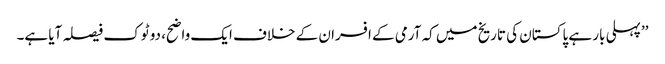
’’پہلی بار ہے پاکستان کی تاریخ میں کہ آرمی کے افسران کے خلاف ایک واضح، دو ٹوک فیصلہ آیا ہے۔